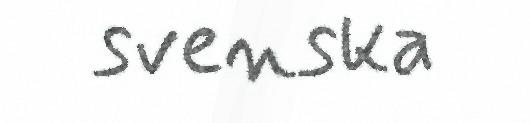
svenska